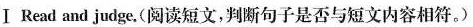
ⅠRead and judge.(阅读短文,判断句子是否与短文内容相符.)